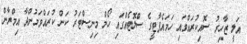
އަލީ ޒާހިރު ސޮއިކުރައްވައި ހަމައެޕާޓީގެ ސްލޮޓެއްގައި ހޯމް މިނިސްޓަރު ކަން ކުރައްވަމުންދާ އިމްރާން